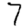
Digit: 7